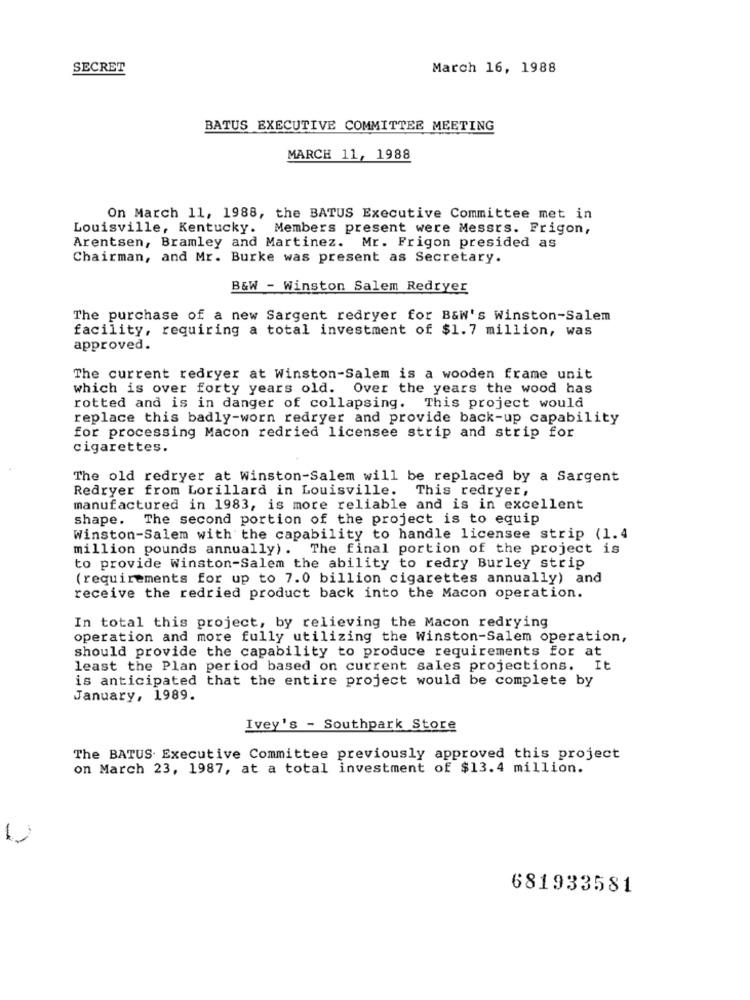
SECRET
March 16, 1988
BATUS EXECUTIVE COMMITTEE MEETING
MARCH 11, 1988
On March 11, 1988, the BATUS Executive Committee met in
Louisville, Kentucky. Members present were Messrs. Frigon,
Arentsen, Bramley and Martinez. Mr. Frigon presided as
Chairman, and Mr. Burke was present as Secretary.
B&W - Winston Salem Redryer
The purchase of a new Sargent redryer for B&W's Winston-Salem
facility, requiring a total investment of $1.7 million, was
approved.
The current redryer at Winston-Salem is a wooden frame unit
which is over forty years old. Over the years the wood has
rotted and is in danger of collapsing. This project would
replace this badly-worn redryer and provide back-up capability
for processing Macon redried licensee strip and strip for
cigarettes.
The old redryer at winston-Salem will be replaced by a Sargent
Redryer from Lorillard in Louisville. This redryer,
manufactured in 1983, is more reliable and is in excellent
shape. The second portion of the project is to equip
Winston-Salem with the capability to handle licensee strip (1.4
million pounds annually). The final portion of the project is
to provide Winston-Salem the ability to redry Burley strip
(requirements for up to 7.0 billion cigarettes annually) and
receive the redried product back into the Macon operation.
In total this project, by relieving the Macon redrying
operation and more fully utilizing the Winston-Salem operation,
should provide the capability to produce requirements for at
least the Plan period based on current sales projections. It
is anticipated that the entire project would be complete by
January, 1989.
Ivey's - Southpark Store
The BATUS Executive Committee previously approved this project
on March 23, 1987, at a total investment of $13.4 million.
-
681933581